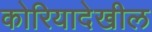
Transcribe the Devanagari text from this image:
कोरियादेखील